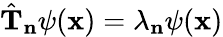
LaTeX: {\hat{\mathbf{T}}}_{\mathbf{n}}\psi(\mathbf{x})=\lambda_{\mathbf{n}}\psi(\mathbf{x})